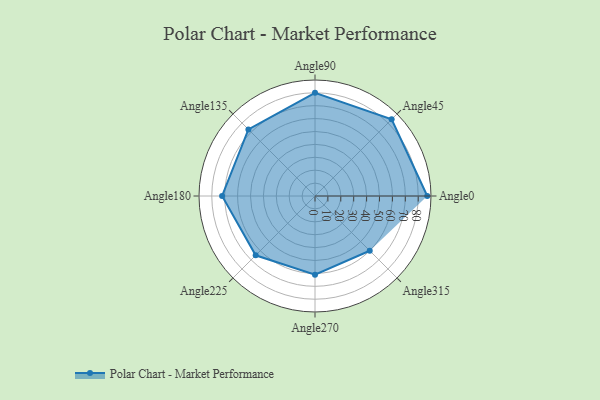
{"axis": {"x": "Angle", "y": "Radius"}, "legend": [""], "data": [{"x": "Angle0", "y": 87.0, "type": ""}, {"x": "Angle45", "y": 84.0, "type": ""}, {"x": "Angle90", "y": 80.0, "type": ""}, {"x": "Angle135", "y": 73.0, "type": ""}, {"x": "Angle180", "y": 72.0, "type": ""}, {"x": "Angle225", "y": 65.0, "type": ""}, {"x": "Angle270", "y": 61.0, "type": ""}, {"x": "Angle315", "y": 60.0, "type": ""}]}